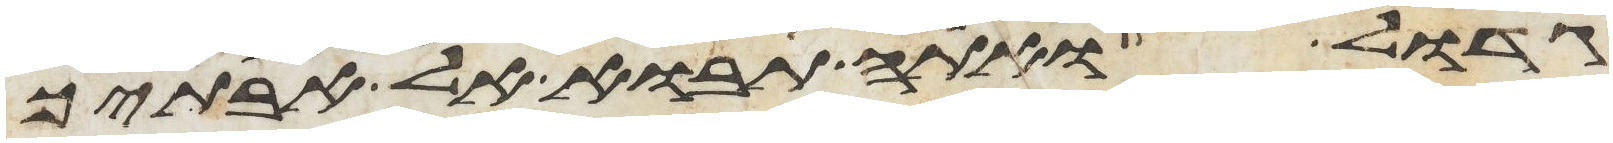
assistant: גדול ואתה תבוא אל אבתיך